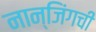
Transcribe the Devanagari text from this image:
नान्जिंगची